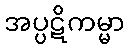
အပ္ပဋိကမ္မာ